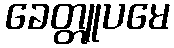
ခေတ္တူပမေ